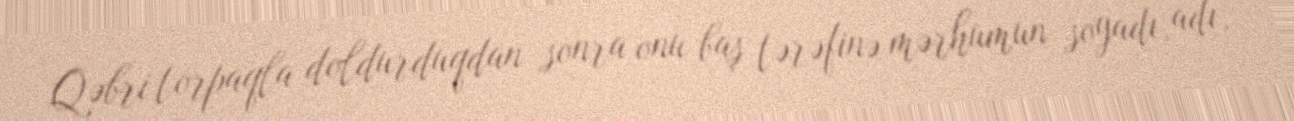
Qəbri torpaqla doldurduqdan sonra onu baş tərəfinə mərhumun soyadı, adı,